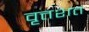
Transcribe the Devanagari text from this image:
वृत्तशत